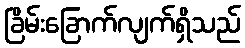
ခြိမ်းခြောက်လျက်ရှိသည်